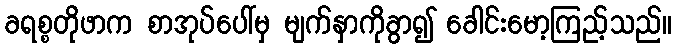
ခရစ္စတိုဖာက စာအုပ်ပေါ်မှ မျက်နှာကိုခွာ၍ ခေါင်းမော့ကြည့်သည်။